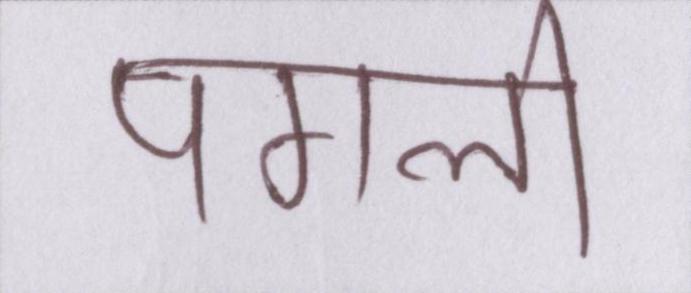
पगली